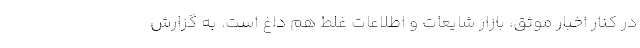
در کنار اخبار موثق، بازار شایعات و اطلاعات غلط هم داغ است. به گزارش